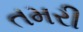
તમરી